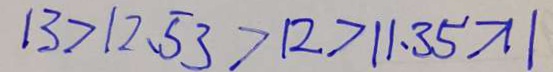
1 3 > 1 2 . 5 3 > 1 2 > 1 1 . 3 5 > 1 1